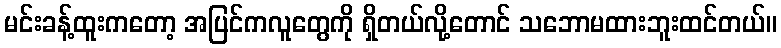
မင်းခန့်ထူးကတော့ အပြင်ကလူတွေကို ရှိတယ်လို့တောင် သဘောမထားဘူးထင်တယ်။